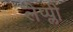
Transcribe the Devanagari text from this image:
लैप्प्ली